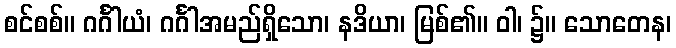
စင်စစ်။ ဂင်္ဂါယံ၊ ဂင်္ဂါအမည်ရှိသော၊ နဒိယာ၊ မြစ်၏။ ဝါ၊ ၌။ သောတေန၊